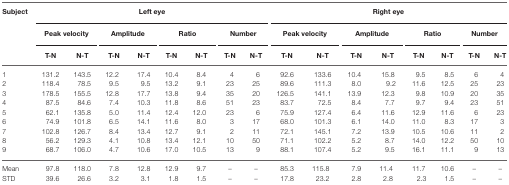
<table><thead><tr><td><b>Subject</b></td><td colspan="8"><b>Left eye</b></td><td colspan="8"><b>Right eye</b></td></tr><tr><td></td><td colspan="2"><b>Peak velocity</b></td><td colspan="2"><b>Amplitude</b></td><td colspan="2"><b>Ratio</b></td><td colspan="2"><b>Number</b></td><td colspan="2"><b>Peak velocity</b></td><td colspan="2"><b>Amplitude</b></td><td colspan="2"><b>Ratio</b></td><td colspan="2"><b>Number</b></td></tr><tr><td></td><td><b>T-N</b></td><td><b>N-T</b></td><td><b>T-N</b></td><td><b>N-T</b></td><td><b>T-N</b></td><td><b>N-T</b></td><td><b>T-N</b></td><td><b>N-T</b></td><td><b>T-N</b></td><td><b>N-T</b></td><td><b>T-N</b></td><td><b>N-T</b></td><td><b>T-N</b></td><td><b>N-T</b></td><td><b>T-N</b></td><td><b>N-T</b></td></tr></thead><tbody><tr><td>1</td><td>131.2</td><td>143.5</td><td>12.2</td><td>17.4</td><td>10.4</td><td>8.4</td><td>4</td><td>6</td><td>92.6</td><td>133.6</td><td>10.4</td><td>15.8</td><td>9.5</td><td>8.5</td><td>6</td><td>4</td></tr><tr><td>2</td><td>118.4</td><td>78.5</td><td>9.5</td><td>9.5</td><td>13.2</td><td>9.1</td><td>23</td><td>25</td><td>89.6</td><td>111.3</td><td>8.0</td><td>9.2</td><td>11.6</td><td>12.5</td><td>25</td><td>23</td></tr><tr><td>3</td><td>178.5</td><td>155.5</td><td>12.8</td><td>17.7</td><td>13.8</td><td>9.4</td><td>35</td><td>20</td><td>126.5</td><td>141.1</td><td>13.9</td><td>12.3</td><td>9.8</td><td>10.9</td><td>20</td><td>35</td></tr><tr><td>4</td><td>87.5</td><td>84.6</td><td>7.4</td><td>10.3</td><td>11.8</td><td>8.6</td><td>51</td><td>23</td><td>83.7</td><td>72.5</td><td>8.4</td><td>7.7</td><td>9.7</td><td>9.4</td><td>23</td><td>51</td></tr><tr><td>5</td><td>62.1</td><td>135.8</td><td>5.0</td><td>11.4</td><td>12.4</td><td>12.0</td><td>23</td><td>6</td><td>75.9</td><td>127.4</td><td>6.4</td><td>11.6</td><td>12.9</td><td>11.6</td><td>6</td><td>23</td></tr><tr><td>6</td><td>74.9</td><td>101.8</td><td>6.5</td><td>14.1</td><td>11.6</td><td>8.0</td><td>3</td><td>17</td><td>68.0</td><td>101.3</td><td>6.1</td><td>14.0</td><td>11.0</td><td>8.3</td><td>17</td><td>3</td></tr><tr><td>7</td><td>102.8</td><td>126.7</td><td>8.4</td><td>13.4</td><td>12.7</td><td>9.1</td><td>2</td><td>11</td><td>72.1</td><td>145.1</td><td>7.2</td><td>13.9</td><td>10.5</td><td>10.6</td><td>11</td><td>2</td></tr><tr><td>8</td><td>56.2</td><td>129.3</td><td>4.1</td><td>10.8</td><td>13.4</td><td>12.1</td><td>10</td><td>50</td><td>71.1</td><td>102.2</td><td>5.2</td><td>8.7</td><td>14.0</td><td>12.2</td><td>50</td><td>10</td></tr><tr><td>9</td><td>68.7</td><td>106.0</td><td>4.7</td><td>10.6</td><td>17.0</td><td>10.5</td><td>13</td><td>9</td><td>88.1</td><td>107.4</td><td>5.2</td><td>9.5</td><td>16.1</td><td>11.1</td><td>9</td><td>13</td></tr><tr><td>Mean</td><td>97.8</td><td>118.0</td><td>7.8</td><td>12.8</td><td>12.9</td><td>9.7</td><td>–</td><td>–</td><td>85.3</td><td>115.8</td><td>7.9</td><td>11.4</td><td>11.7</td><td>10.6</td><td>–</td><td>–</td></tr><tr><td>STD</td><td>39.6</td><td>26.6</td><td>3.2</td><td>3.1</td><td>1.8</td><td>1.5</td><td>–</td><td>–</td><td>17.8</td><td>23.2</td><td>2.8</td><td>2.8</td><td> 2.3</td><td>1.5</td><td>–</td><td>–</td></tr></tbody></table>